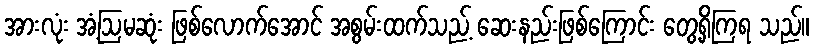
အားလုံး အံ့ဩမဆုံး ဖြစ်လောက်အောင် အစွမ်းထက်သည့် ဆေးနည်းဖြစ်ကြောင်း တွေ့ရှိကြရ သည်။